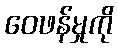
ဝေဖန်မှုကို